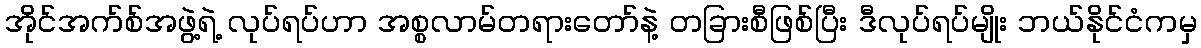
အိုင်အက်စ်အဖွဲ့ရဲ့ လုပ်ရပ်ဟာ အစ္စလာမ်တရားတော်နဲ့ တခြားစီဖြစ်ပြီး ဒီလုပ်ရပ်မျိုး ဘယ်နိုင်ငံကမှ